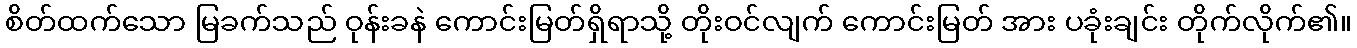
စိတ်ထက်သော မြခက်သည် ဝုန်းခနဲ ကောင်းမြတ်ရှိရာသို့ တိုးဝင်လျက် ကောင်းမြတ် အား ပခုံးချင်း တိုက်လိုက်၏။